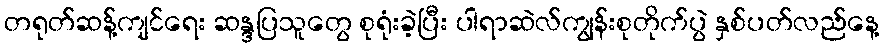
တရုတ်ဆန့်ကျင်ရေး ဆန္ဒပြသူတွေ စုရုံးခဲ့ပြီး ပါရာဆဲလ်ကျွန်းစုတိုက်ပွဲ နှစ်ပတ်လည်နေ့